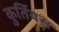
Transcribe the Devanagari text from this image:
कुर्तियस